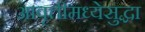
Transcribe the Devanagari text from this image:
आवृत्तीमध्येसुद्धा